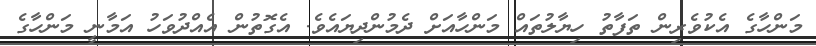
މަންހާގެ އެކުވެރިން ތަފާތު ހިޔާލުތައް މަންހާއަށް ދެމުންދިޔައެވެ. އެގޮތުން އެއްދުވަހު އަމާނީ މަންހާގެ